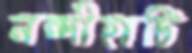
নন্দীহাটি